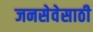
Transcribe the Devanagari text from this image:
जनसेवेसाठी